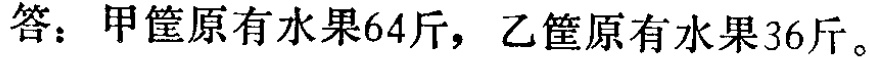
答：甲筐原有水果64斤，乙筐原有水果36斤。